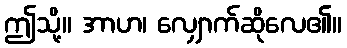
ဤသို့။ အာဟ၊ လျှောက်ဆိုလေ၏။